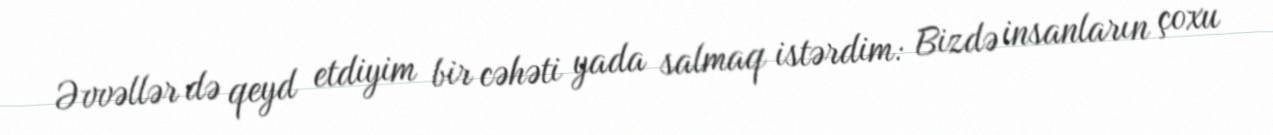
Əvvəllər də qeyd etdiyim bir cəhəti yada salmaq istərdim: Bizdə insanların çoxu